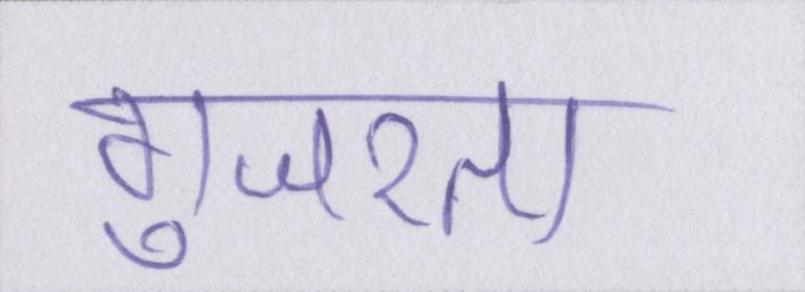
गुजरता